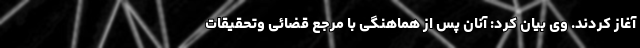
آغاز کردند. وی بیان کرد: آنان پس از هماهنگی با مرجع قضائی وتحقیقات